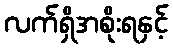
လက်ရှိအစိုးရနှင့်